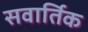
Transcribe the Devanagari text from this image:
सवार्तिक